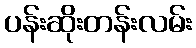
ပန်းဆိုးတန်းလမ်း